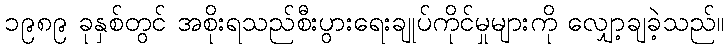
၁၉၈၉ ခုနှစ်တွင် အစိုးရသည်စီးပွားရေးချုပ်ကိုင်မှုများကို လျှော့ချခဲ့သည်။